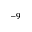
^ { - 9 }